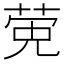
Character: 𬝂